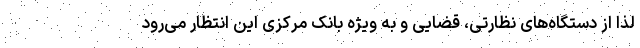
لذا از دستگاه‌های نظارتی، قضایی و به ویژه بانک مرکزی این انتظار می‌رود